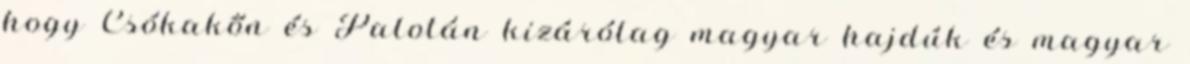
hogy Csókakőn és Palotán kizárólag magyar hajdúk és magyar